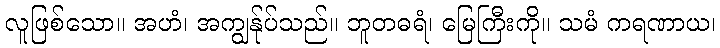
လူဖြစ်သော။ အဟံ၊ အကျွန်ုပ်သည်။ ဘူတဓရံ၊ မြေကြီးကို။ သမံ ကရဏာယ၊